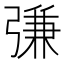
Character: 𢐎